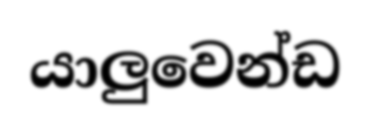
යාලුවෙන්ඩ